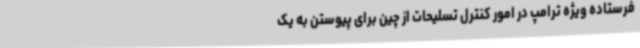
فرستاده ویژه ترامپ در امور کنترل تسلیحات از چین برای پیوستن به یک